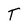
Character: T